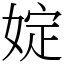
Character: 婝